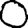
Digit: 0